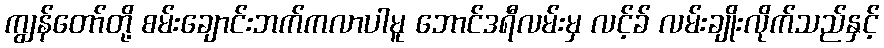
ကျွန်တော်တို့ စမ်းချောင်းဘက်ကလာပါမူ ဘောင်ဒရီလမ်းမှ လင့်ခ် လမ်းချိုးလိုက်သည်နှင့်